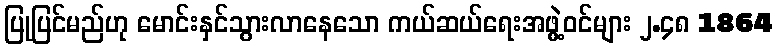
ပြုပြင်မည်ဟု မောင်းနှင်သွားလာနေသော ကယ်ဆယ်ရေးအဖွဲ့ဝင်များ ၂.၄၈ 1864